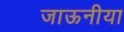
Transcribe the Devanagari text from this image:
जाऊनीया